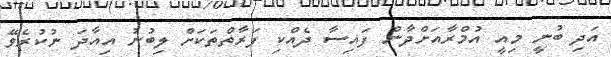
އަދި ބުނީ މިއީ އުމްރާއަށްދާން ފައިސާ ދެއްކި ފަރާތްތަކަށް ލިބުނު އިއާދަ ނުކުރެވޭ